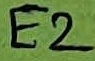
Text: E2